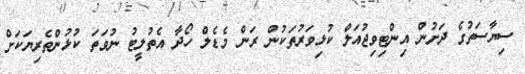
ސިޔާސަތުގެ ދަށުން އިންޓިވިޖުއަލް ކުޅިވަރުތަކުން ރަން މެޑެލް ހޯދާ އެތުލީޓު ނުވަތަ ކުޅުންތެރިޔަކަށް